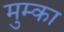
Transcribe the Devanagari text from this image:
मुम्का